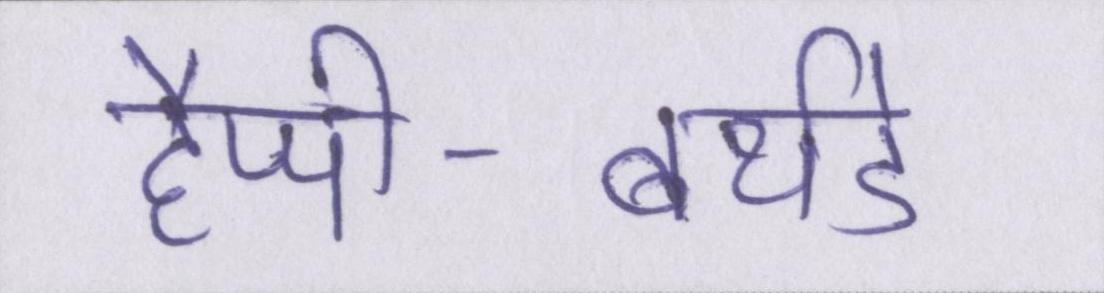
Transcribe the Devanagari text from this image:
हैप्पी-बर्थडे